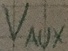
Text: VAUX